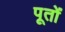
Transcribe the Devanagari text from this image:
पूतों